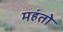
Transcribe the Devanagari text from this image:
महंतो